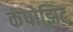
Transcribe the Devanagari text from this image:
कंपोझिट